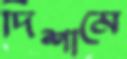
দিশামে